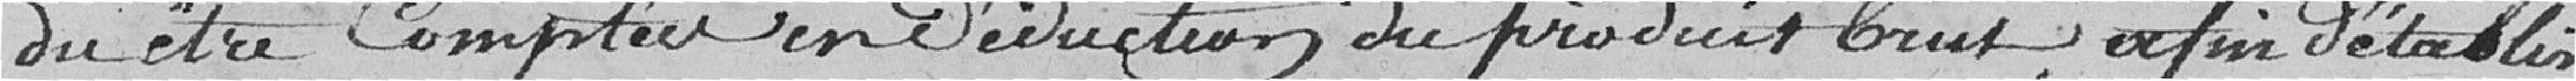
dû être comptées en déduction du produit brut afin d'établir